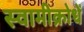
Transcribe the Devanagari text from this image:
स्वामीक्रोधें